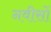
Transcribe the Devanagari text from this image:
नवीसों